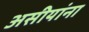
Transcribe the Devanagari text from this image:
असीयांना